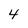
Character: 4